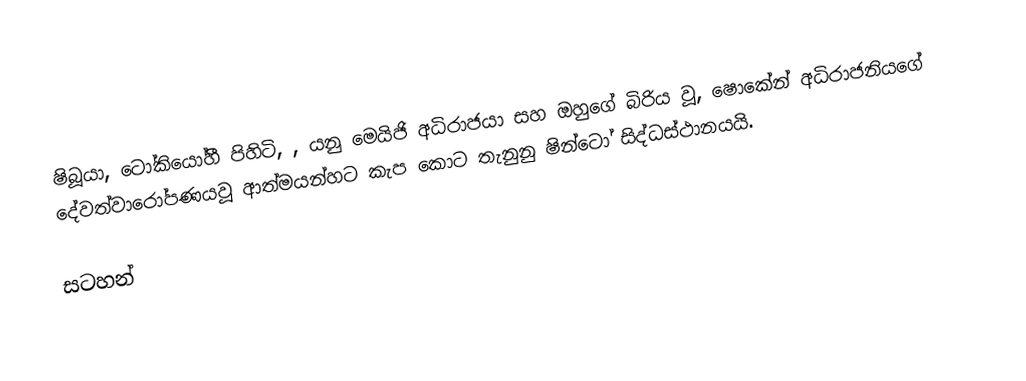
ෂිබූයා, ටෝකියෝහී පිහිටි, , යනු  මෙයිජි අධිරාජයා සහ ඔහුගේ බිරිය වූ, ෂොකේන් අධිරාජනියගේ දේවත්වාරෝපණයවූ ආත්මයන්හට කැප කොට තැනුනු ෂින්ටෝ සිද්ධස්ථානයයි.

සටහන්